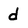
Character: d